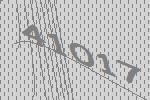
41017